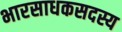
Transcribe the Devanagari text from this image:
भारसाधकसदस्य